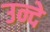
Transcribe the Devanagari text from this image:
उन्दे